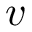
\boldsymbol { v }